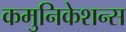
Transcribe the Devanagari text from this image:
कमुनिकेशन्स